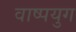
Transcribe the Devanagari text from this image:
वाष्पयुग